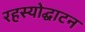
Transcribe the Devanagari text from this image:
रहस्‍योद्घाटन